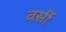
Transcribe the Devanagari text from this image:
वर्सी